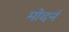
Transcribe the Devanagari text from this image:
मोदर्न